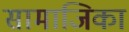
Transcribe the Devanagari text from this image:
सामाजिका